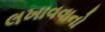
લખાવવાનો